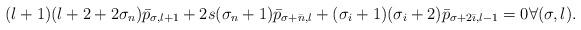
LaTeX: \begin{align*}(l+1)(l+2+2\sigma_n)\bar{p}_{\sigma,l+1} + 2s(\sigma_n + 1)\bar{p}_{\sigma+\bar{n},l} + (\sigma_i + 1)(\sigma_i+2)\bar{p}_{\sigma + 2\bar{\imath},l-1} = 0 \forall (\sigma, l).\end{align*}